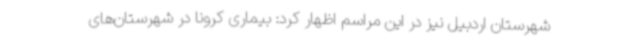
شهرستان اردبیل نیز در این مراسم اظهار کرد: بیماری کرونا در شهرستان‌های